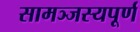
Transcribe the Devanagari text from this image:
सामञ्जस्यपूर्ण